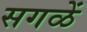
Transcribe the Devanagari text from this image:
सगळें